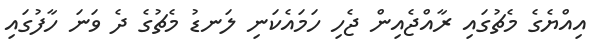
އިއްޔެގެ މެޗުގައި ރާއްޖެއިން ޖެހި ހަމައެކަނި ލަނޑު މެޗުގެ ދެ ވަނަ ހާފުގައި